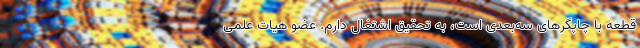
قطعه با چاپگرهای سه‌بعدی است، به تحقیق اشتغال دارم. عضو هیات علمی